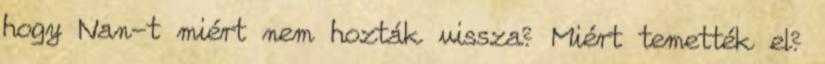
hogy Nan-t miért nem hozták vissza? Miért temették el?